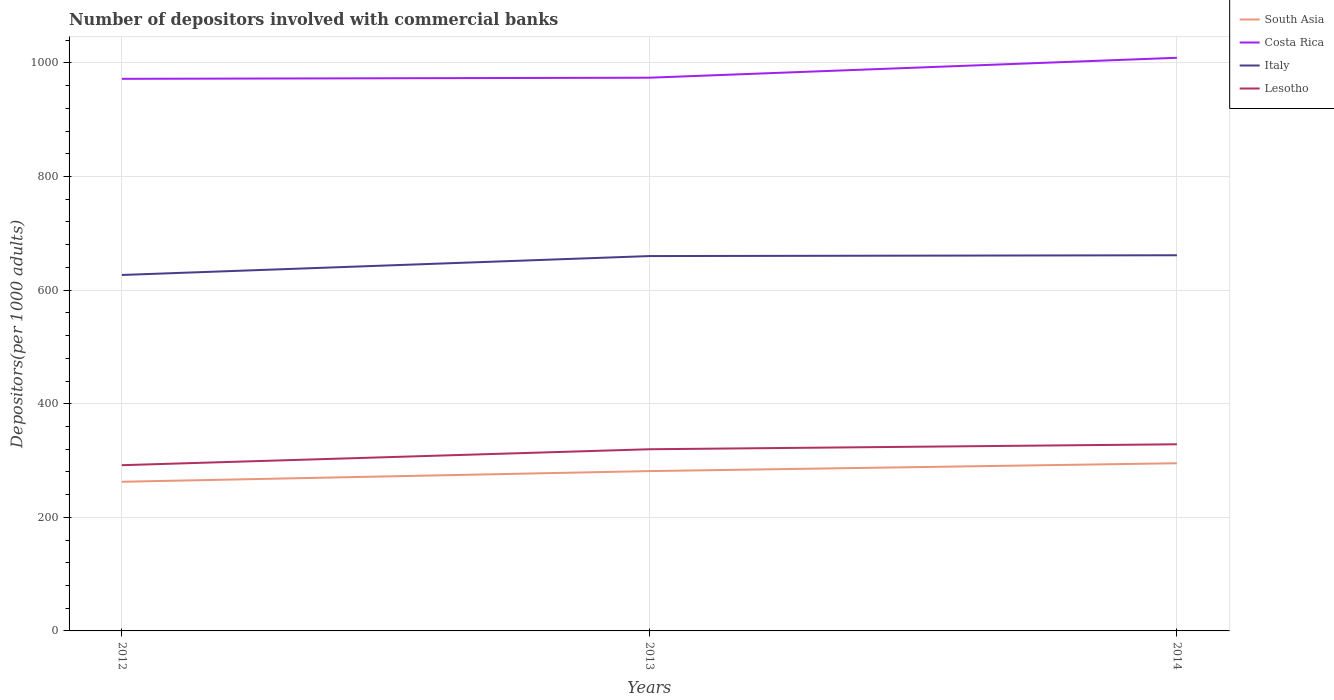
| Years | South Asia | Costa Rica | Italy | Lesotho |
 | --- | --- | --- | --- | --- |
 | 2012 | 263 | 972 | 627 | 292 |
 | 2013 | 281 | 974 | 660 | 320 |
 | 2014 | 295 | 1.01e+03 | 661 | 329 |